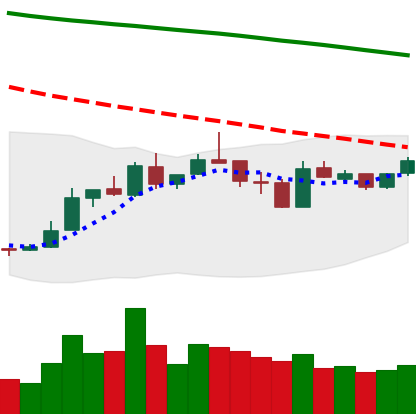
Ticker: LTC-USD
Chart end date: 2019-01-02
Forward return: 13.078%
Label: up_7plus